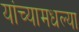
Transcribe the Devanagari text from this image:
यांच्यामधल्या